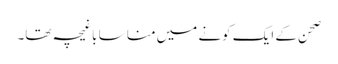
صحن کے ایک کونے میں منا سا باغیچہ تھا۔